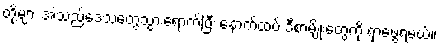
တို့များ အဲသည်ဒေသတွေသွားရောက်ပြီး နောက်ထပ် ဒီစာမျိုးတွေကို ရှာဖွေရမယ်။